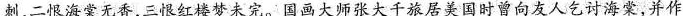
刺，二恨海棠无香，三恨红楼梦未完。国画大师张大千旅居美国时曾向友人乞讨海棠，并作